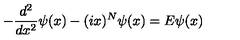
- \frac { d ^ { 2 } } { d x ^ { 2 } } \psi ( x ) - ( i x ) ^ { N } \psi ( x ) = E \psi ( x )